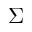
\boldsymbol { \Sigma }